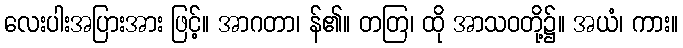
လေးပါးအပြားအား ဖြင့်။ အာဂတာ၊ န်၏။ တတြ၊ ထို အာသဝတို့၌။ အယံ၊ ကား။